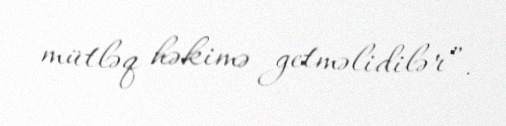
mütləq həkimə getməlidilər”.